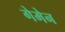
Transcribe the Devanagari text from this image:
गेमेन